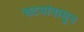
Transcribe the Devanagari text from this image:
चटयांपासून